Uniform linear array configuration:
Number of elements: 4
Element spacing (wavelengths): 0.25
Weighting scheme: cosine
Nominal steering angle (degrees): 30
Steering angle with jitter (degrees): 30.345
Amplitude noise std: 0.05
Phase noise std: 0.05

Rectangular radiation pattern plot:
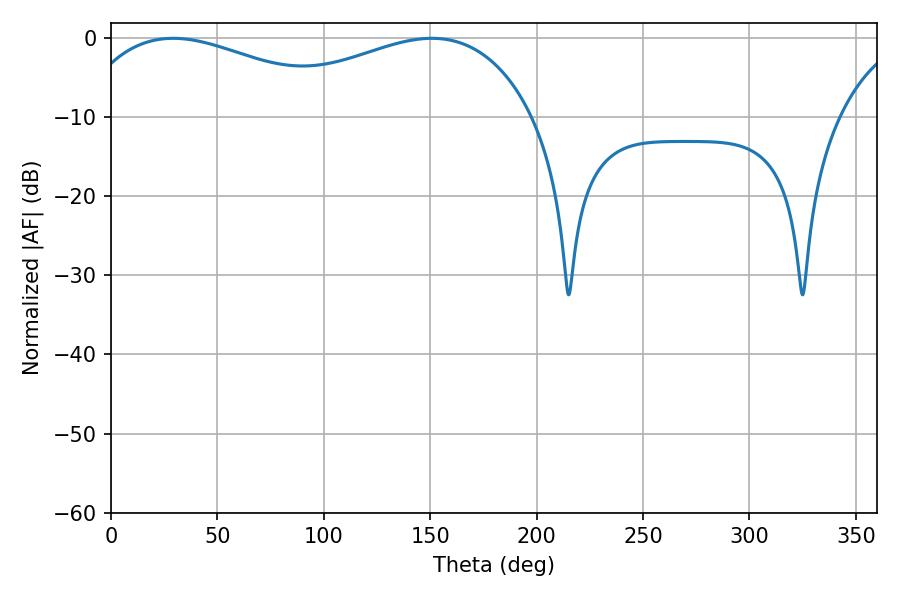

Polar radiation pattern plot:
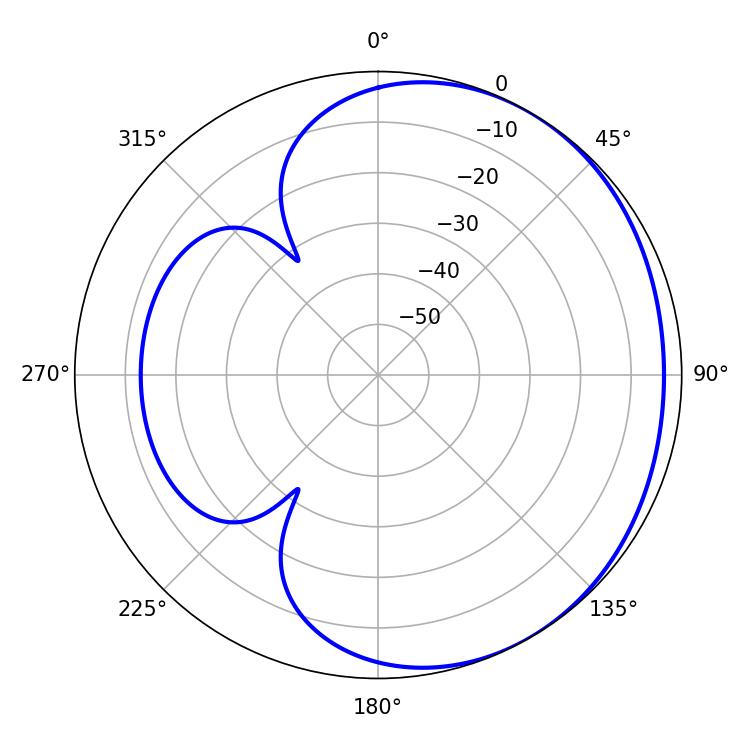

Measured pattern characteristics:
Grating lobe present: FALSE
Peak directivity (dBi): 1.914
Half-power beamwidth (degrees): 74.16
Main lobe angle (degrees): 29.16